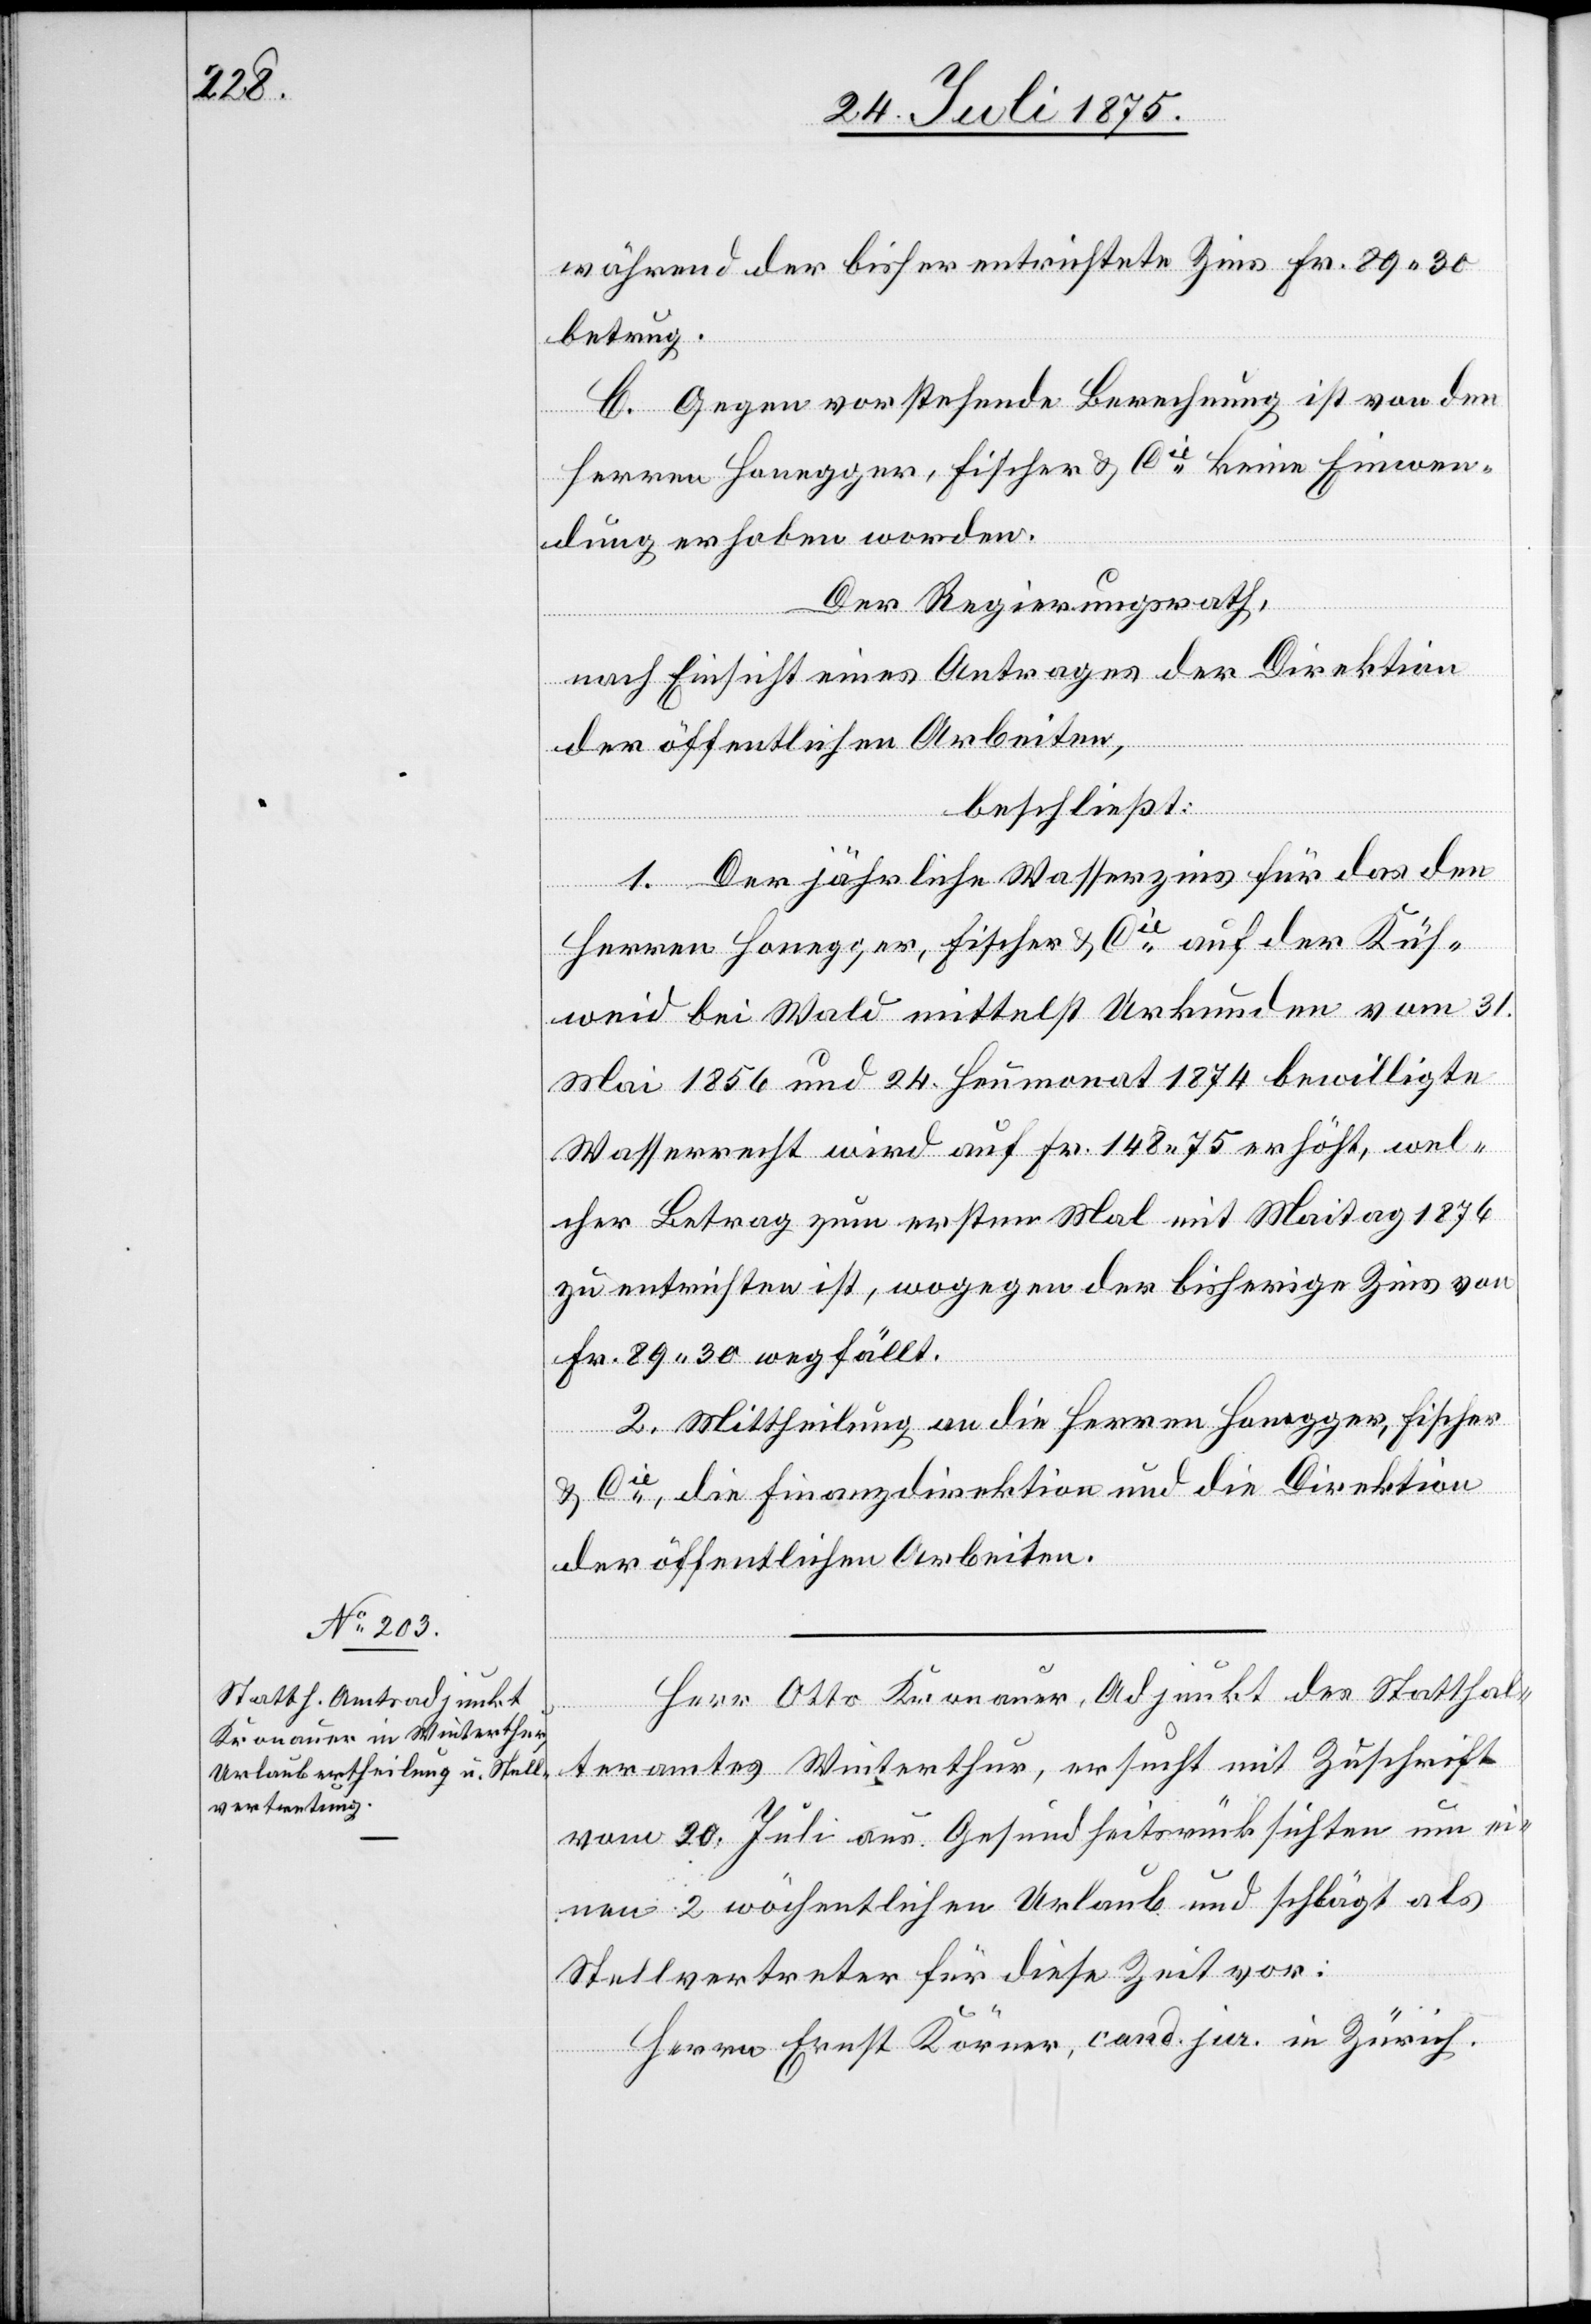
während der bisher entrichtete Zins Fr. 89 30
betrug.
C. Gegen vorstehende Berechnung ist von den
Herren Honegger, Fischer & Cie keine Einwen¬
dung erhoben worden.
Der Regierungsrath,
nach Einsicht eines Antrages der Direktion
der öffentlichen Arbeiten,
beschließt:
1. Der jährliche Wasserzins für das den
Herren Honegger, Fischer & Cie auf der Küh¬
weid bei Wald mittelst Urkunden vom 31.
Mai 1856 und 24. Heumonat 1874 bewilligte
Wasserrecht wird auf Fr. 148 75 erhöht, wel¬
cher Betrag zum ersten Mal mit Maitag 1876
zu entrichten ist, wogegen der bisherige Zins von
Fr. 89 30 wegfällt.
2. Mittheilung an die Herren Honegger, Fischer
& Cie, die Finanzdirektion und die Direktion
der öffentlichen Arbeiten.
Herr Otto Kronauer, Adjunkt des Statthal¬
teramtes Winterthur, ersucht mit Zuschrift
vom 20. Juli aus Gesundheitsrücksichten um ei¬
nen 2 wöchentlichen Urlaub und schlägt als
Stellvertreter für diese Zeit vor:
Herrn Ernst Körner, cand. jur. in Zürich.